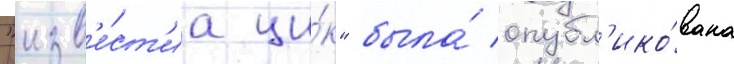
"изв'е́ст'иа ци́к" была́ опубл'ико́вана